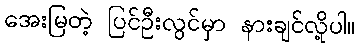
အေးမြတဲ့ ပြင်ဦးလွင်မှာ နားချင်လို့ပါ။